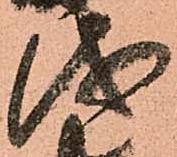
儀